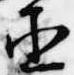
丞